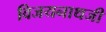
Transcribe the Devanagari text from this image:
विजयनाथजी